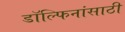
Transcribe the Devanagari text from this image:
डॉल्फिनांसाठी